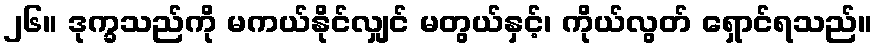
၂၆။ ဒုက္ခသည်ကို မကယ်နိုင်လျှင် မတွယ်နှင့်၊ ကိုယ်လွတ် ရှောင်ရသည်။